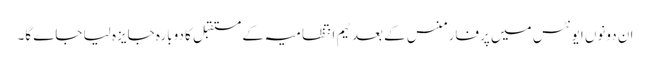
ان دونوں ایونٹس میں پرفارمنس کے بعد ٹیم انتظامیہ کے مستقبل کا دوبارہ جایزہ لیا جاے گا۔